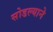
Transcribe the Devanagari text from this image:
सोडल्याने